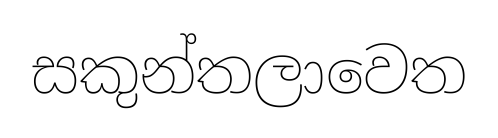
සකුන්තලාවෙත